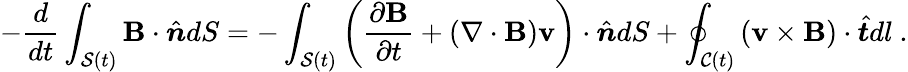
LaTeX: -\frac{d}{dt}\int_{\mathcal{S}(t)}\mathbf{B}\cdot\hat{\boldsymbol{n}}dS=-\int_{\mathcal{S}(t)}\left(\frac{\partial\mathbf{B}}{\partial t}+\left(\mathbf{\nabla}\cdot\mathbf{B}\right)\mathbf{v}\right)\cdot\hat{\boldsymbol{n}}dS+\oint_{\mathcal{C}(t)}\left(\mathbf{v}\times\mathbf{B}\right)\cdot\hat{\boldsymbol{t}}dl~.